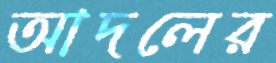
আদলের